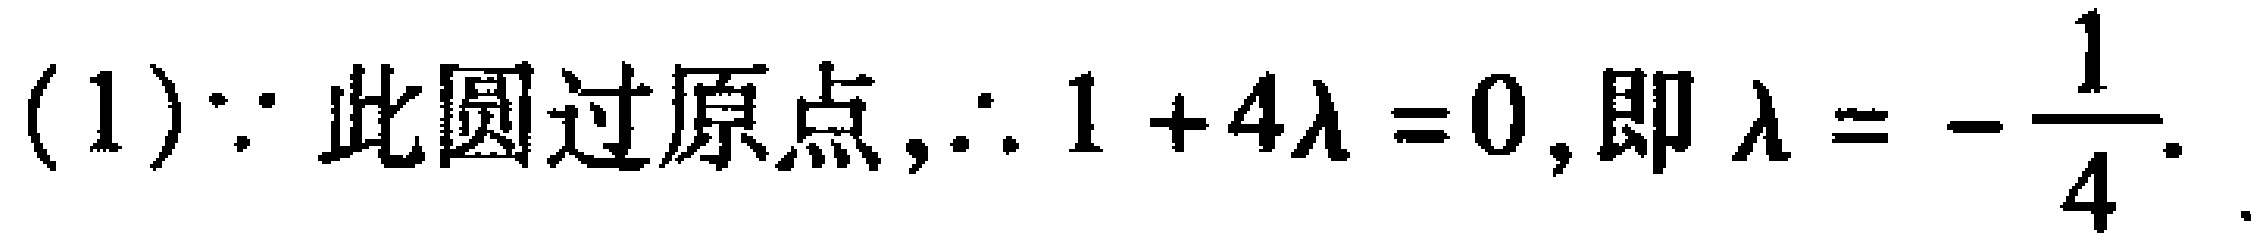
(1)$\because$ 此圆过原点,$\therefore 1 + 4\lambda = 0$,即$\lambda = -\dfrac{1}{4}$.